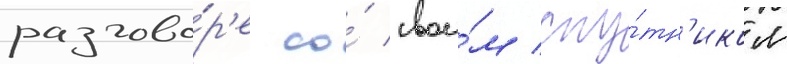
разгово́р'е со́ свои́м спу́тн'иком